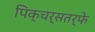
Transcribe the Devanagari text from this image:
पिक्चर्सतर्फे